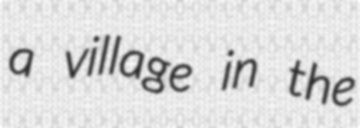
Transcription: a village in the